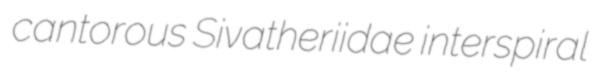
cantorous Sivatheriidae interspiral